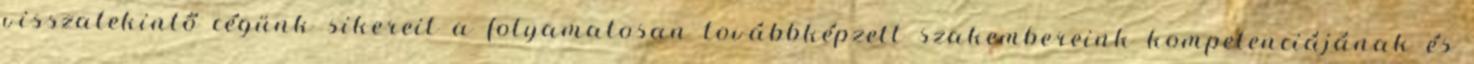
visszatekintő cégünk sikereit a folyamatosan továbbképzett szakembereink kompetenciájának és